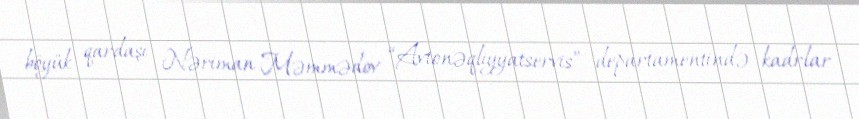
böyük qardaşı Nəriman Məmmədov “Avtonəqliyyatservis” departamentində kadrlar